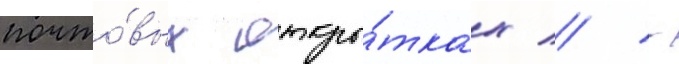
почто́вых откры́тках // -